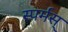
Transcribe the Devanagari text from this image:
स्पर्मस्‌